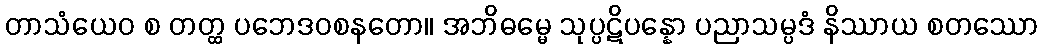
တာသံယေဝ စ တတ္ထ ပဘေဒဝစနတော။ အဘိဓမ္မေ သုပ္ပဋိပန္နော ပညာသမ္ပဒံ နိဿာယ စတဿော